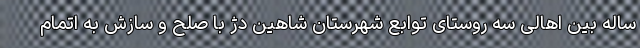
ساله بین اهالی سه روستای توابع شهرستان شاهین دژ با صلح و سازش به اتمام